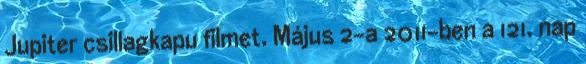
Jupiter csillagkapu filmet. Május 2-a 2011-ben a 121. nap